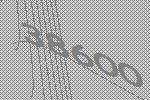
38600